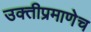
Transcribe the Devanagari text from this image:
उक्तीप्रमाणेच